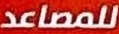
للمصاعد